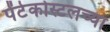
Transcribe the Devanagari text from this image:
पेंटेकोस्टलच्या